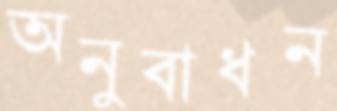
অনুবাধন